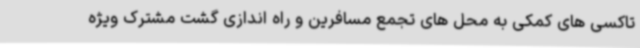
تاکسی های کمکی به محل های تجمع مسافرین و راه اندازی گشت مشترک ویژه